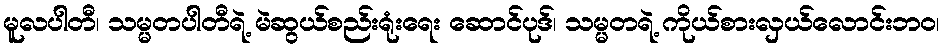
မူလပါတီ၊ သမ္မတပါတီရဲ့ မဲဆွယ်စည်းရုံးရေး ဆောင်ပုဒ်၊ သမ္မတရဲ့ ကိုယ်စားလှယ်လောင်းဘဝ၊